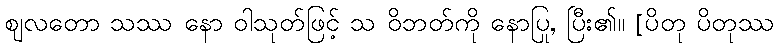
ဈလတော သဿ နော ဝါသုတ်ဖြင့် သ ဝိဘတ်ကို နောပြု, ပြီး၏။ [ပိတု ပိတုဿ